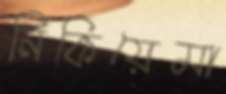
নিকিয়েমা